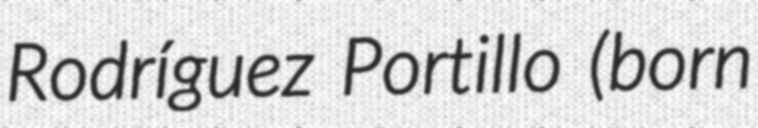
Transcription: Rodríguez Portillo (born